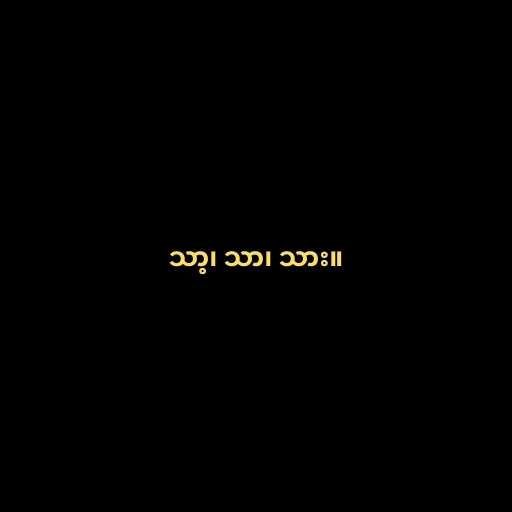
သာ့၊ သာ၊ သား။